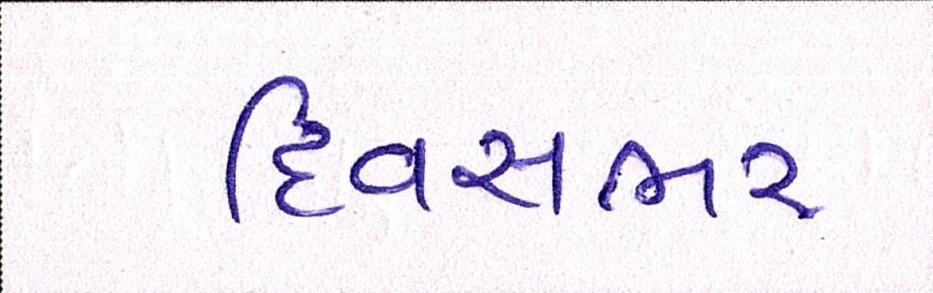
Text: દિવસભર